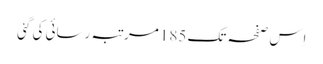
اِس صفحہ تک 185 مرتبہ رسائی کی گئی